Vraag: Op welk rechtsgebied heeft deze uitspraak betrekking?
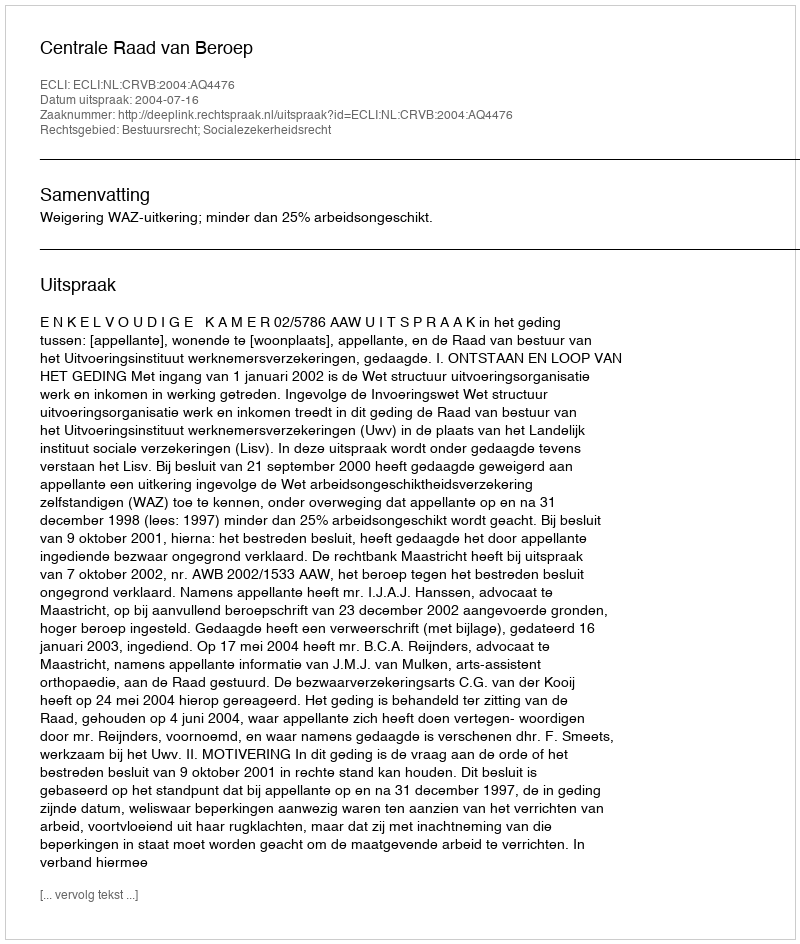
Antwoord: Bestuursrecht; Socialezekerheidsrecht